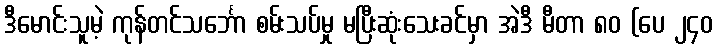
ဒီမောင်းသူမဲ့ ကုန်တင်သင်္ဘော စမ်းသပ်မှု မပြီးဆုံးသေးခင်မှာ အဲဒီ မီတာ ၈၀ (ပေ ၂၄၀